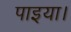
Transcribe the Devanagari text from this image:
पाइया।